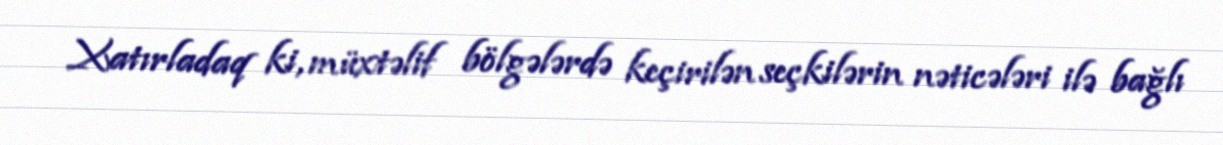
Xatırladaq ki, müxtəlif bölgələrdə keçirilən seçkilərin nəticələri ilə bağlı